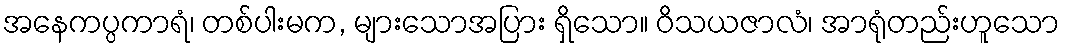
အနေကပ္ပကာရံ၊ တစ်ပါးမက, များသောအပြား ရှိသော။ ဝိသယဇာလံ၊ အာရုံတည်းဟူသော